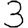
Digit: 3